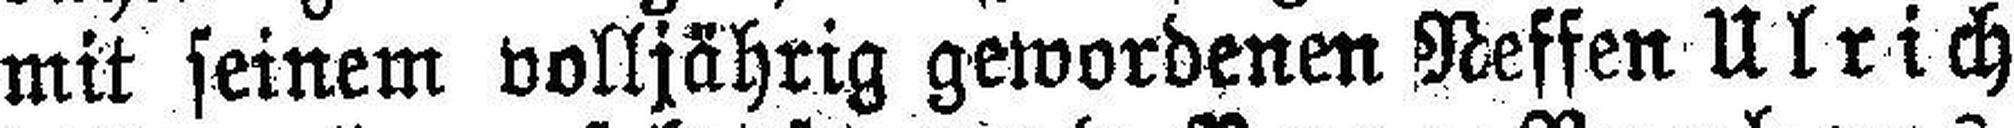
mit seinem volljährig gewordenen Neffen Ulrich